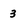
Character: 3